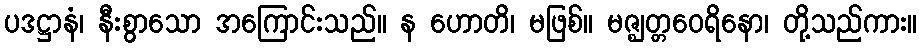
ပဒဋ္ဌာနံ၊ နီးစွာသော အကြောင်းသည်။ န ဟောတိ၊ မဖြစ်။ မဇ္ဈတ္တဝေရိနော၊ တို့သည်ကား။